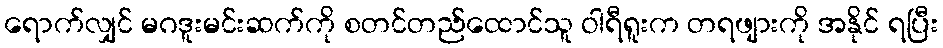
ရောက်လျှင် မဂဒူးမင်းဆက်ကို စတင်တည်ထောင်သူ ဝါရီရူးက တရဖျားကို အနိုင် ရပြီး